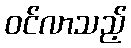
ဝင်လာသည့်